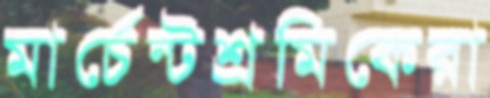
মার্চেন্টশ্রমিকেরা